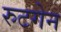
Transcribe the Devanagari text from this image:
रुटगेन